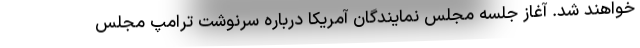
خواهند شد. آغاز جلسه مجلس نمایندگان آمریکا درباره سرنوشت ترامپ مجلس